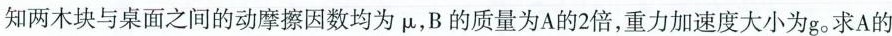
知两木块与桌面之间的动摩擦因数均为μ，B的质量为A的2倍，重力加速度大小为g。求A的